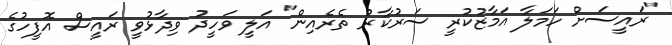
"ރައީސަށް ހަމަލާ އަމާޒުކުރީ ސަރުކާރު ތެރެއިން" އަލީ ވަހީދު ވިދާޅުވީ ރައީސް އޮފީހުގެ